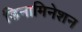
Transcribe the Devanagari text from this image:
डिनामिनेशन